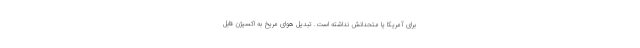
برای آمریکا یا متحدانش نداشته است. تبدیل هوای مریخ به اکسیژن قابل